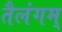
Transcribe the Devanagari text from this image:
तैलंगम्